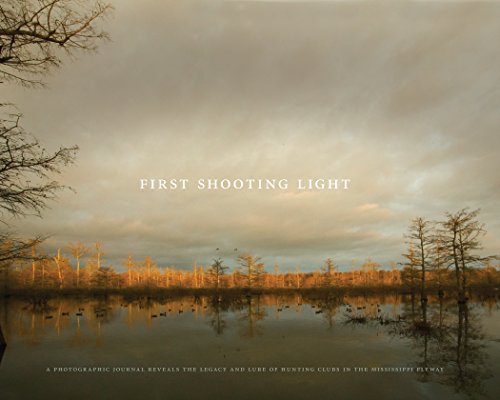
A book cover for First Shooting Light: A photographic journal reveals the legacy and lure of hunting clubs in the Mississippi flyway; Arts & Photography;